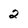
Character: 2